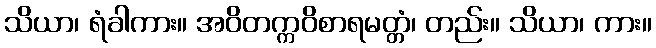
သိယာ၊ ရံခါကား။ အဝိတက္ကဝိစာရမတ္တံ၊ တည်း။ သိယာ၊ ကား။